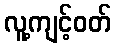
လူ့ကျင့်ဝတ်